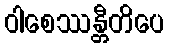
ဝါစေဿန္တီတိပေ